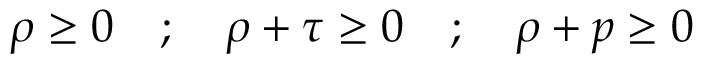
\rho \ge 0 \quad ; \quad \rho + \tau \ge 0 \quad ; \quad \rho + p \ge 0